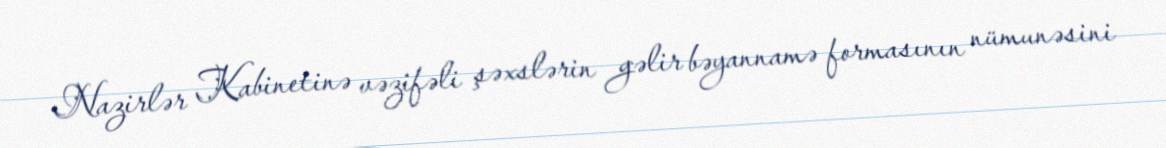
Nazirlər Kabinetinə vəzifəli şəxslərin gəlir bəyannamə formasının nümunəsini